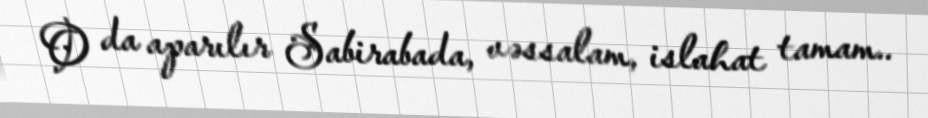
O da aparılır Sabirabada, vəssalam, islahat tamam..